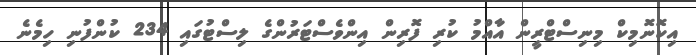
އިކޮނޮމިކް މިނިސްޓްރީން އާއްމު ކުރި ފޮރިން އިންވެސްޓަރުންގެ ލިސްޓުގައި 234 ކުންފުނި ހިމެނެ